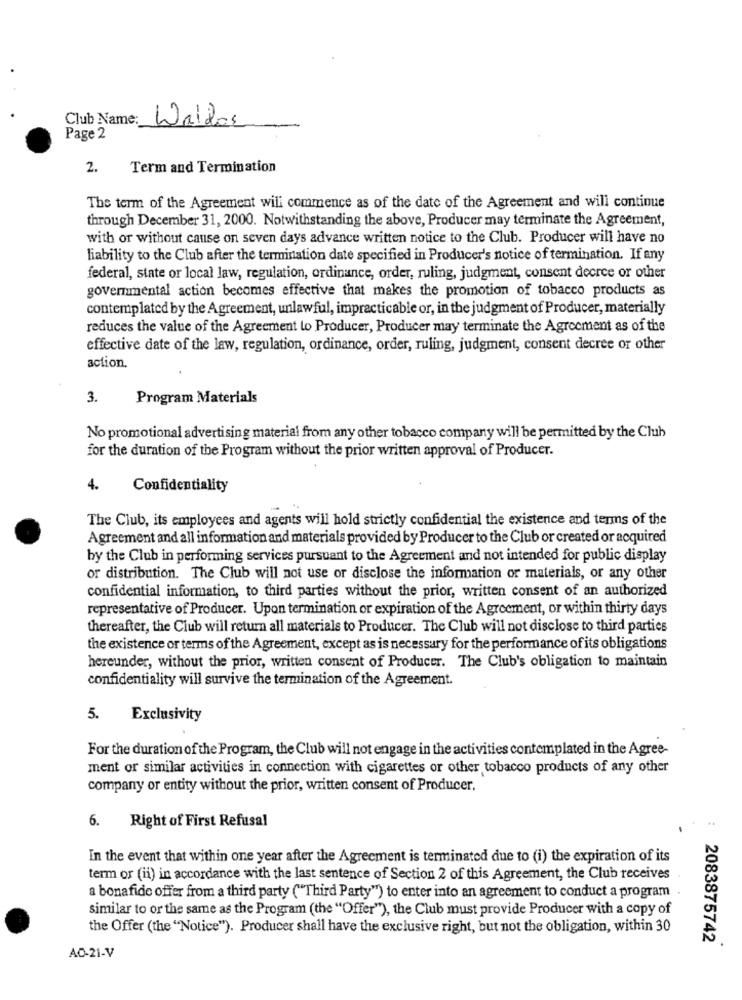
Club Name:
Waldos
Page 2
2.
Term and Termination
The term of the Agreement will commence as of the date of the Agreement and will continue
through December 31, 2000. Notwithstanding the above, Producer may terminate the Agreement,
with or without cause on seven days advance written notice to the Club. Producer will have no
liability to the Club after the termination date specified in Producer's notice of termination. If any
federal, state or local law, regulation, ordinance, order, ruling, judgment, consent decree or other
governmental action becomes effective that makes the promotion of tobacco products as
contemplated by the Agreement, unlawful, impracticable or, in the judgment of Producer, materially
reduces the value of the Agreement to Producer, Producer may terminate the Agreement as of the
effective date of the law, regulation, ordinance, order, ruling, judgment, consent decree or other
action.
3.
Program Materials
No promotional advertising material from any other tobacco company will be permitted by the Club
for the duration of the Program without the prior written approval of Producer.
4.
Confidentiality
The Club, its employees and agents will hold strictly confidential the existence and terms of the
Agreement and all information and materials provided by Producer to the Club or created or acquired
by the Club in performing services pursuant to the Agreement and not intended for public display
or distribution. The Club will not use or disclose the information or materials, or any other
confidential information, to third parties without the prior, written consent of an authorized
representative of Producer. Upon termination or expiration of the Agreement, or within thirty days
thereafter, the Club will return all materials to Producer. The Club will not disclose to third parties
the existence or terms of the Agreement, except as is necessary for the performance of its obligations
hereunder, without the prior, written consent of Producer. The Club's obligation to maintain
confidentiality will survive the termination of the Agreement.
5. Exclusivity
For the duration of the Program, the Club will not engage in the activities contemplated in the Agree-
ment or similar activities in connection with cigarettes or other tobacco products of any other
company or entity without the prior, written consent of Producer.
6. Right of First Refusal
In the event that within one year after the Agreement is terminated due to (i) the expiration of its
term or (ii) in accordance with the last sentence of Section 2 of this Agreement, the Club receives
a bonafide offer from a third party ("Third Party") to enter into an agreement to conduct a program
similar to or the same as the Program (the "Offer"), the Club must provide Producer with a copy of
the Offer (the "Notice"). Producer shall have the exclusive right, but not the obligation, within 30
2083875742
AO-21-V